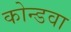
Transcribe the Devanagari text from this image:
कोन्डवा